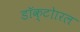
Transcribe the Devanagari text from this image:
डॉक्टोारल